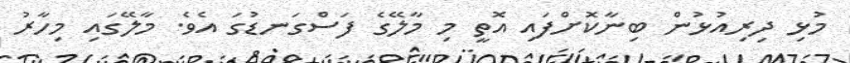
މުޅި ދިރިއުޅުން ބިނާކޮށްފައި އޮތީ މި މާލޭގެ ފަސްގަނޑުގަ އެވެ. މާލޭގައި މިހާރު